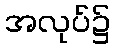
အလုပ်၌